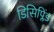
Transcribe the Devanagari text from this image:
डिसिप्लिंड